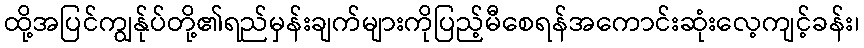
ထို့အပြင်ကျွန်ုပ်တို့၏ရည်မှန်းချက်များကိုပြည့်မီစေရန်အကောင်းဆုံးလေ့ကျင့်ခန်း၊